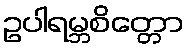
ဥပါရမ္ဘစိတ္တော